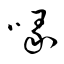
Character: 喙